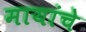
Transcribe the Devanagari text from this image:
मायांचे